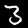
Label: 3